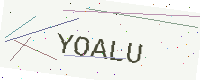
Text: YOALU